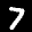
Label: 7